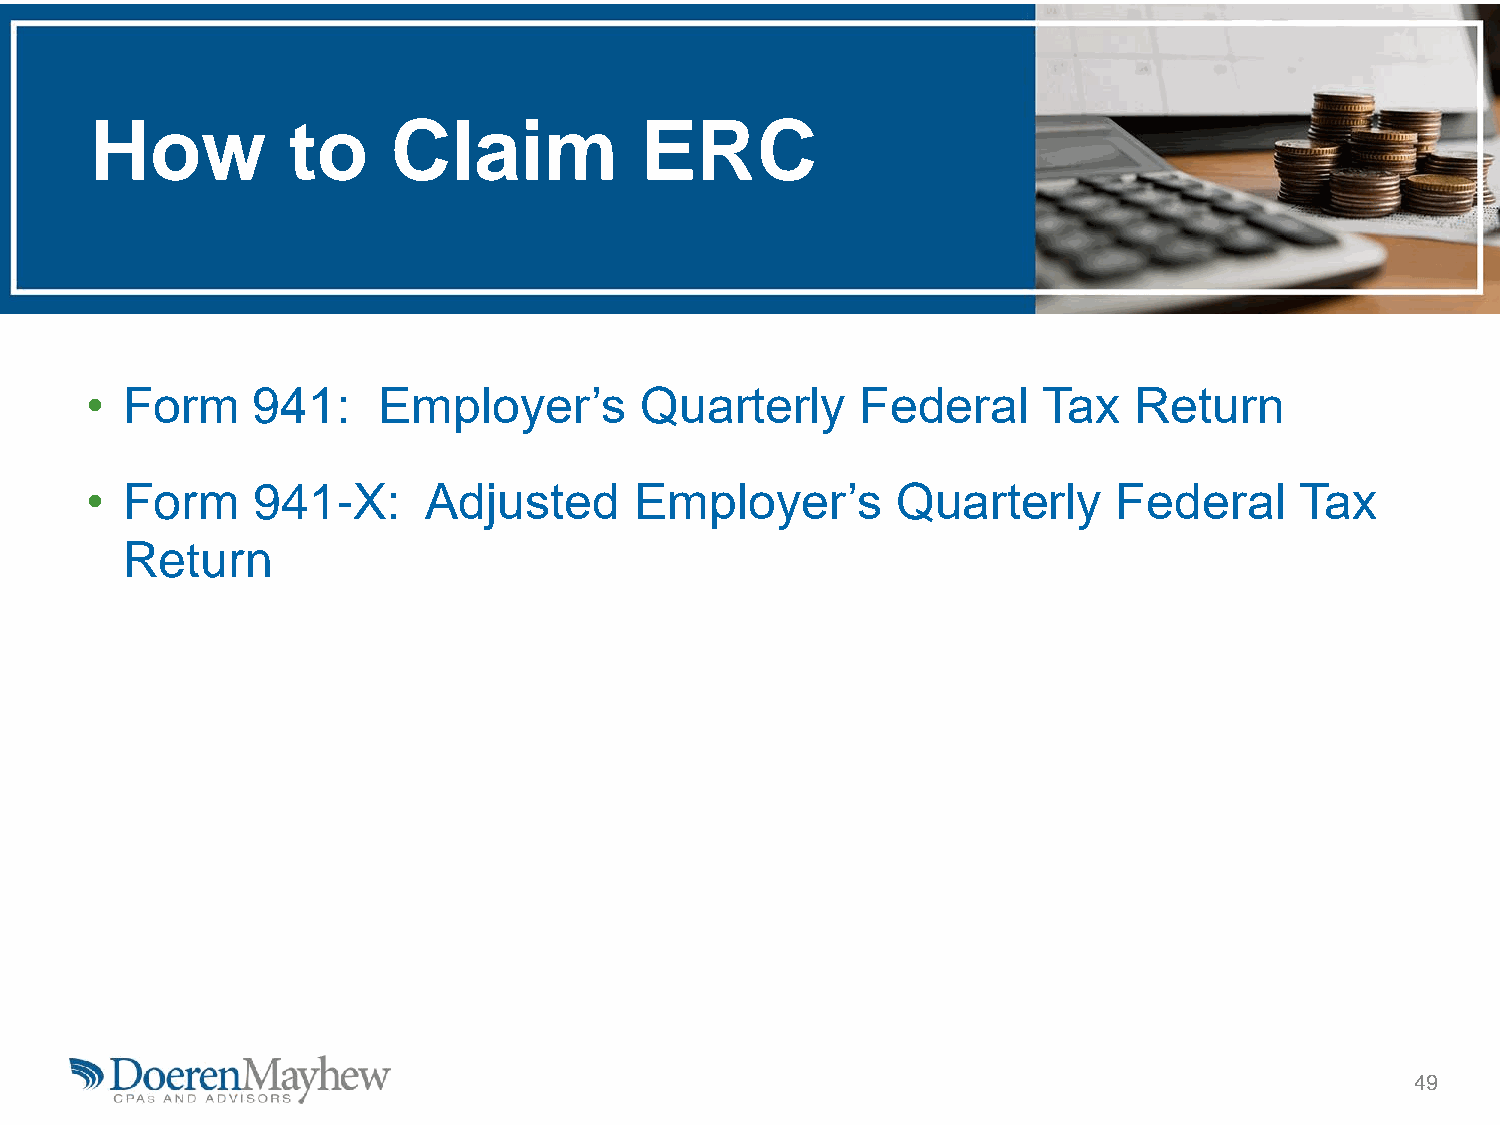
How          to     Claim           ERC
 • Form     941:    Employer’s       Quarterly      Federal     Tax   Return
 • Form     941-X:     Adjusted      Employer’s       Quarterly      Federal     Tax
 Return
 49